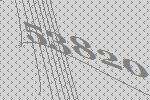
53820